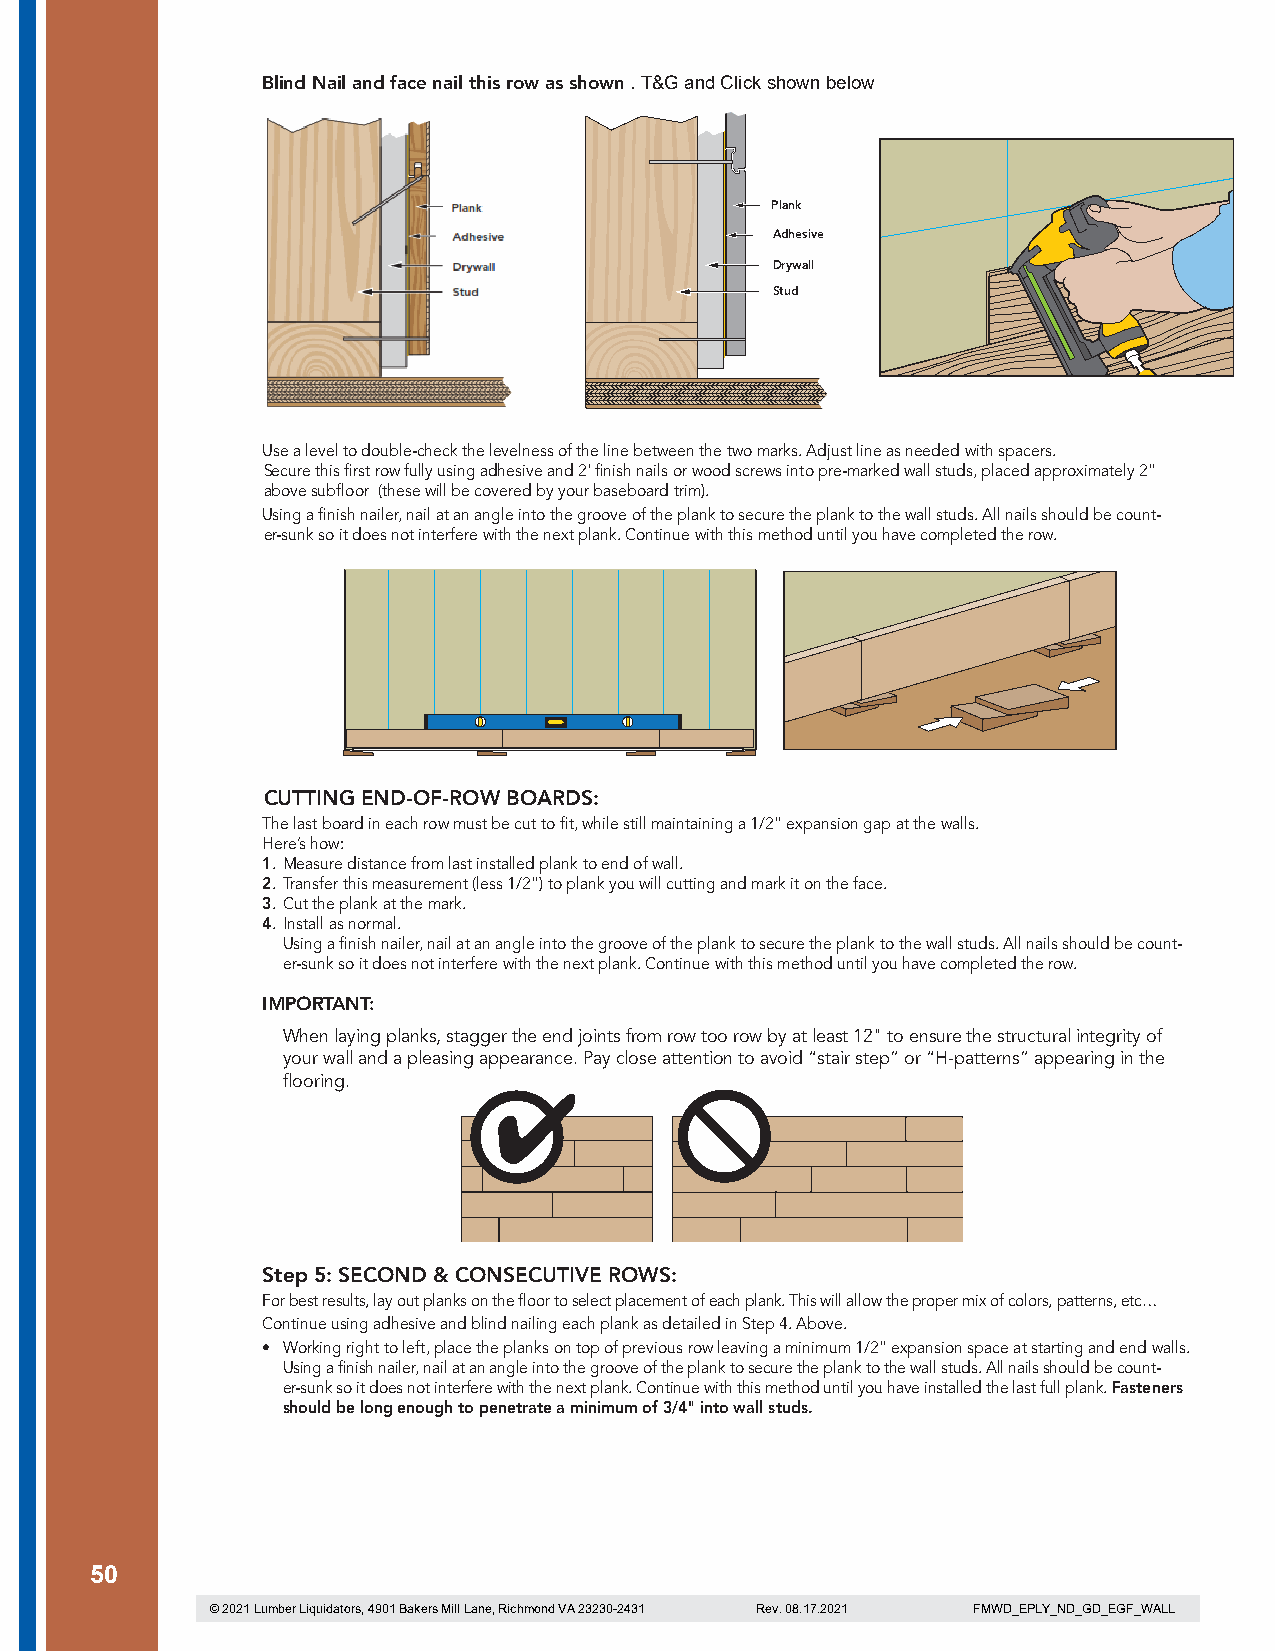
Blind Nail and face nail this row as shown . T&G and Click shown below
 Plank
 Adhesive
 Drywall
 Stud
 Use a level to double-check the levelness of the line between the two marks. Adjust line as needed with spacers.
 Secure this first row fully using adhesive and 2' finish nails or wood screws into pre-marked wall studs, placed approximately 2"
 above subfloor (these will be covered by your baseboard trim).
 Using a finish nailer, nail at an angle into the groove of the plank to secure the plank to the wall studs. All nails should be count-
 er-sunk so it does not interfere with the next plank. Continue with this method until you have completed the row.
 CUTTING END-OF-ROW BOARDS:
 The last board in each row must be cut to fit, while still maintaining a 1/2" expansion gap at the walls.
 Here’s how:
 1. Measure distance from last installed plank to end of wall.
 2. Transfer this measurement (less 1/2") to plank you will cutting and mark it on the face.
 3. Cut the plank at the mark.
 4. Install as normal.
 Using a finish nailer, nail at an angle into the groove of the plank to secure the plank to the wall studs. All nails should be count-
 er-sunk so it does not interfere with the next plank. Continue with this method until you have completed the row.
 IMPORTANT:
 When laying planks, stagger the end joints from row too row by at least 12" to ensure the structural integrity of
 your wall and a pleasing appearance. Pay close attention to avoid “stair step” or “H-patterns” appearing in the
 flooring.
 Step 5: SECOND & CONSECUTIVE ROWS:
 For best results, lay out planks on the floor to select placement of each plank. This will allow the proper mix of colors, patterns, etc…
 Continue using adhesive and blind nailing each plank as detailed in Step 4. Above.
 • Working right to left, place the planks on top of previous row leaving a minimum 1/2" expansion space at starting and end walls.
 Using a finish nailer, nail at an angle into the groove of the plank to secure the plank to the wall studs. All nails should be count-
 er-sunk so it does not interfere with the next plank. Continue with this method until you have installed the last full plank. Fasteners
 should be long enough to penetrate a minimum of 3/4" into wall studs.
 50
 © 2021 Lumber Liquidators, 4901 Bakers Mill Lane, Richmond VA 23230-2431 Rev. 08.17.2021 FMWD_EPLY_ND_GD_EGF_WALL